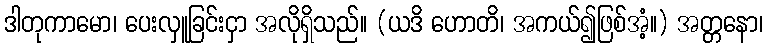
ဒါတုကာမော၊ ပေးလှူခြင်းငှာ အလိုရှိသည်။ (ယဒိ ဟောတိ၊ အကယ်၍ဖြစ်အံ့။) အတ္တနော၊